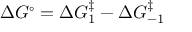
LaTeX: \Delta G ^ { \circ } = \Delta G _ { 1 } ^ { \ddagger } - \Delta G _ { - 1 } ^ { \ddagger }